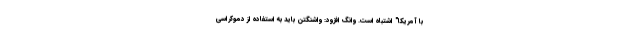
با آمریکا" اشتباه است. وانگ افزود: واشنگتن باید به استفاده از دموکراسی